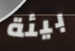
بيئة